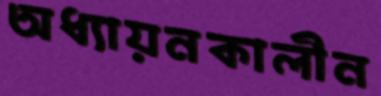
অধ্যায়নকালীন